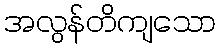
အလွန်တိကျသော